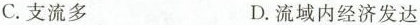
C.支流多 D.流域内经济发达